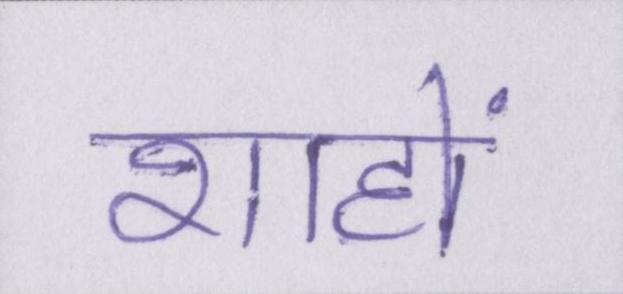
शाहों